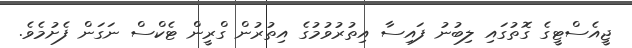
ޖީއެސްޓީގެ ގޮތުގައި ލިބުނު ފައިސާ އިތުރުވުމުގެ އިތުރުން ގްރީން ޓެކްސް ނަގަން ފެށުމެވެ.